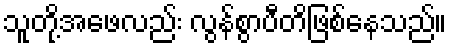
သူတို့အဖေလည်း လွန်စွာပီတိဖြစ်နေသည်။